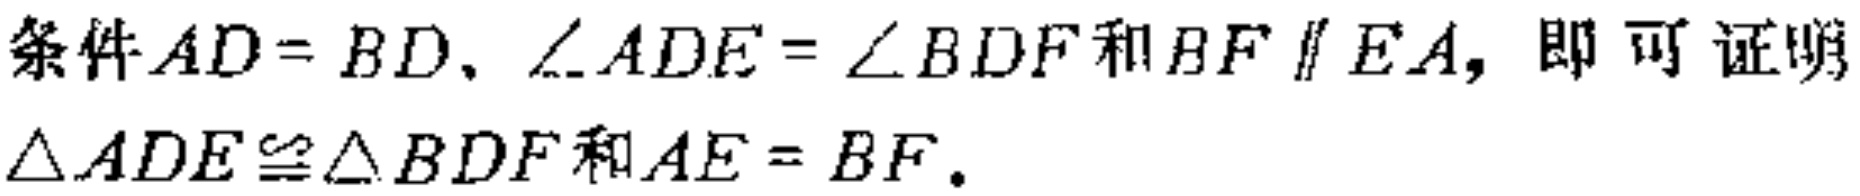
条件$AD = BD$, $\angle ADE = \angle BDF$和$BF\parallel EA$, 即可证明$\triangle ADE\cong\triangle BDF$和$AE = BF$.